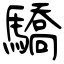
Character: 驕